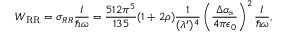
W _ { \mathrm { R R } } = \sigma _ { R R } \frac { I } { \hbar \omega } = \frac { 5 1 2 \pi ^ { 5 } } { 1 3 5 } ( 1 + 2 \rho ) \frac { 1 } { ( \lambda ^ { \prime } ) ^ { 4 } } \left( \frac { \Delta \alpha _ { \mathrm { s } } } { 4 \pi \epsilon _ { 0 } } \right) ^ { 2 } \frac { I } { \hbar \omega } ,